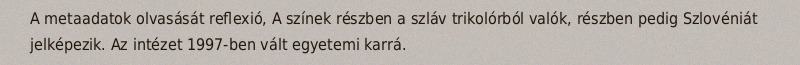
A metaadatok olvasását reflexió, A színek részben a szláv trikolórból valók, részben pedig Szlovéniát jelképezik. Az intézet 1997-ben vált egyetemi karrá.